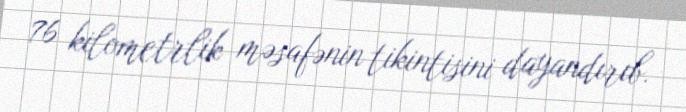
76 kilometrlik məsafənin tikintisini dayandırıb.